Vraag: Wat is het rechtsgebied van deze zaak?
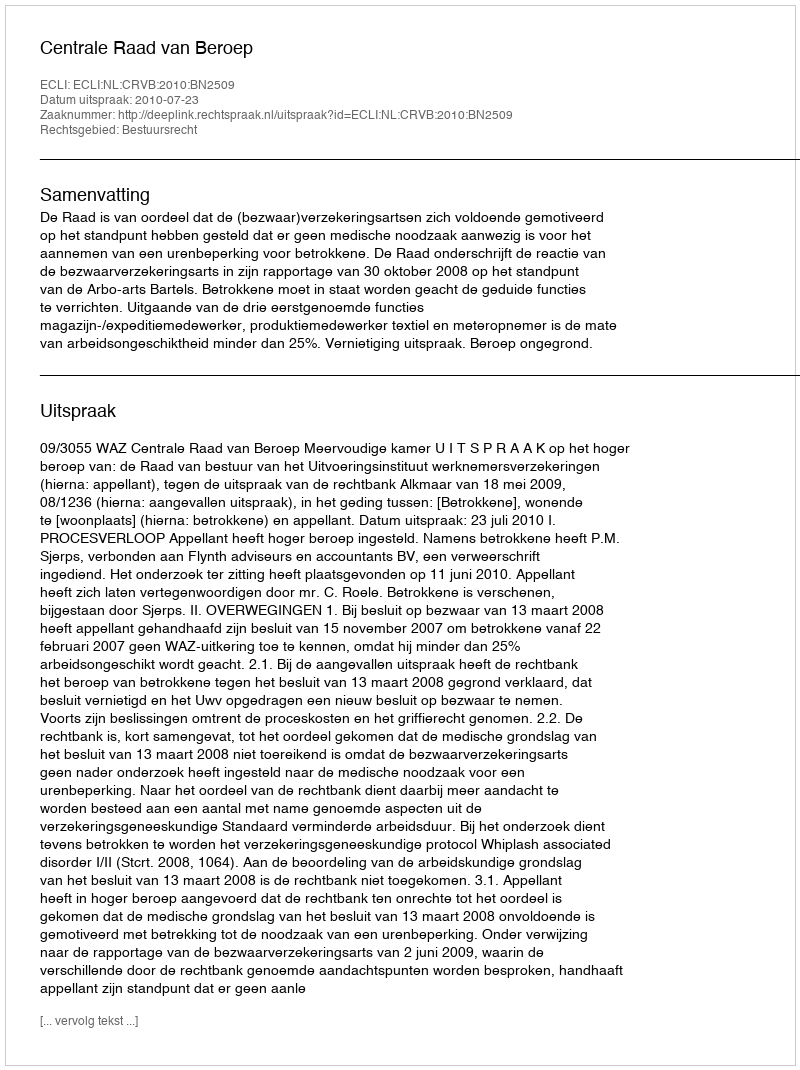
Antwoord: Bestuursrecht